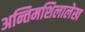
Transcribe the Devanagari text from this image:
अन्तिमशिलालेख